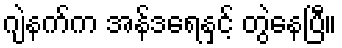
ဂျဲနက်က အန်ဒရေနှင့် တွဲနေပြီ။